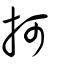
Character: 抲